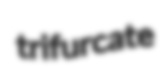
trifurcate